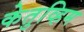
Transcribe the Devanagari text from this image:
केतुव्हिम